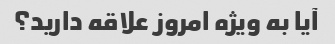
آیا به ویژه امروز علاقه دارید؟